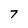
Character: 7